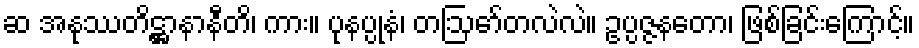
ဆ အနုဿတိဋ္ဌာနာနီတိ၊ ကား။ ပုနပ္ပုနံ၊ တဩော်တလဲလဲ။ ဥပ္ပဇ္ဇနတော၊ ဖြစ်ခြင်းကြောင့်။